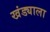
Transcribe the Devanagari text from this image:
खंड्याला